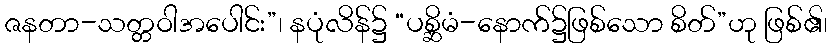
ဇနတာ-သတ္တဝါအပေါင်း”၊ နပုံလိန်၌ “ပစ္ဆိမံ-နောက်၌ဖြစ်သော စိတ်”ဟု ဖြစ်၏၊